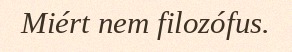
Miért nem filozófus.